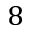
8